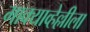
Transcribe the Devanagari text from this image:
माक्याव्हेल्लीला